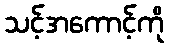
သင့်အကောင့်ကို